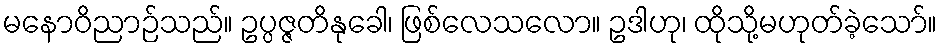
မနောဝိညာဉ်သည်။ ဥပ္ပဇ္ဇတိနုခေါ၊ ဖြစ်လေသလော။ ဥဒါဟု၊ ထိုသို့မဟုတ်ခဲ့သော်။